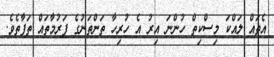
އެތައް ލައްކަ މިސްކިތް ހުންނަ އިރު އެ ހުރިހާ ތަންތަނުގެ ފަރުމާތައް ތަފާތެވެ.